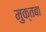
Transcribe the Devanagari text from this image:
मुक्तबा